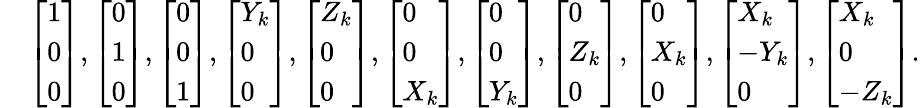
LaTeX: \begin{array}{rl}&{\left[\begin{array}{l}{1}\\ {0}\\ {0}\end{array}\right],\left[\begin{array}{l}{0}\\ {1}\\ {0}\end{array}\right],\left[\begin{array}{l}{0}\\ {0}\\ {1}\end{array}\right],\left[\begin{array}{l}{Y_{k}}\\ {0}\\ {0}\end{array}\right],\left[\begin{array}{l}{Z_{k}}\\ {0}\\ {0}\end{array}\right],\left[\begin{array}{l}{0}\\ {0}\\ {X_{k}}\end{array}\right],\left[\begin{array}{l}{0}\\ {0}\\ {Y_{k}}\end{array}\right],\left[\begin{array}{l}{0}\\ {Z_{k}}\\ {0}\end{array}\right],\left[\begin{array}{l}{0}\\ {X_{k}}\\ {0}\end{array}\right],\left[\begin{array}{l}{X_{k}}\\ {-Y_{k}}\\ {0}\end{array}\right],\left[\begin{array}{l}{X_{k}}\\ {0}\\ {-Z_{k}}\end{array}\right].}\end{array}